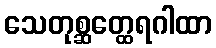
သေတုစ္ဆတ္ထေရဂါထာ